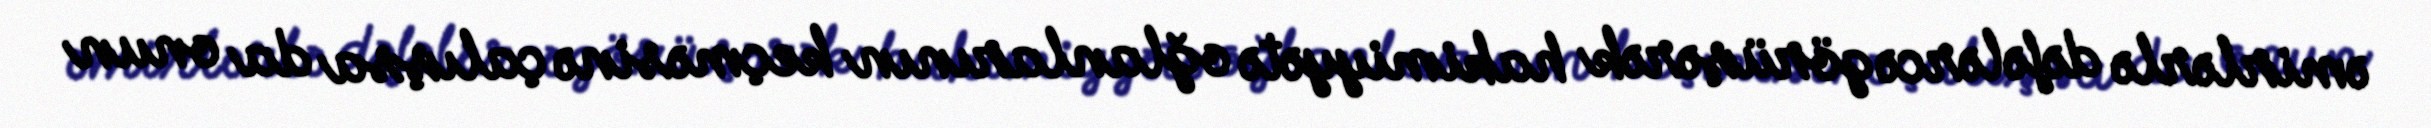
əmirlərlə dəfələrcə görüşərək hakimiyyətə oğlanlarının keçməsinə çalışsa da onun